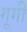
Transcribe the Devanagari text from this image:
गूगी